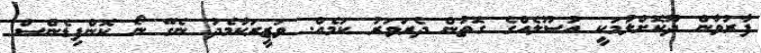
ފާރުވާން ދޫކޮށްލުމަކީ އުސޫލެއްގެ ގޮތުން ދެރަވަރު ކަމެއް. ވަޒީރަކާމެދު ނެގޭ ނޯ ކޮންފިޑެންސް